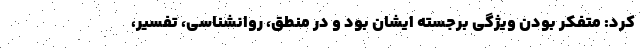
کرد: متفکر بودن ویژگی برجسته ایشان بود و در منطق، روانشناسی، تفسیر،